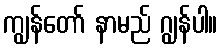
ကျွန်တော် နာမည် ဂျွန်ပါ။